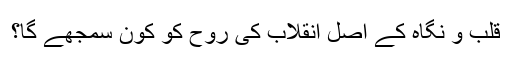
قلب و نگاہ کے اصل انقلاب کی روح کو کون سمجھے گا؟